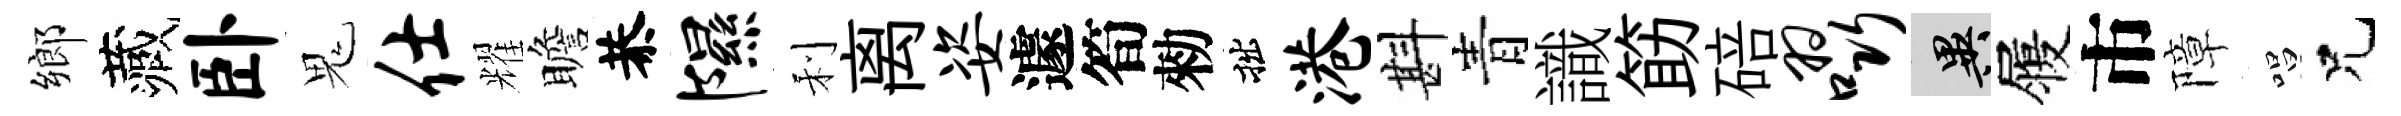
鄉藏卧鬼仕耀瞻恭隰利离姿遽筍勑拙港斟青識筯碚啜异履市障唱兄